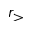
r _ { > }